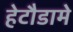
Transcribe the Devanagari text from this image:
हेटौडामे